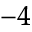
^ { - 4 }